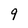
Character: 9